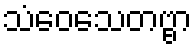
သံဝေသေတဗ္ဗာ